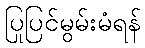
ပြုပြင်မွမ်းမံရန်